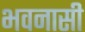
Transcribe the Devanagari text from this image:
भवनासी